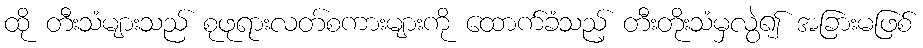
ထို တီးသံများသည် စုဖုရားလတ်စကားများကို ထောက်ခံသည့် တီးတိုးသံမှလွဲ၍ အခြားမဖြစ်